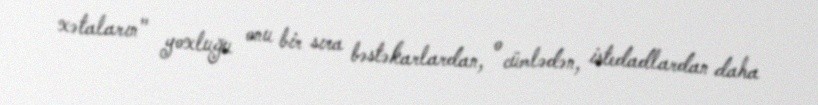
xətaların" yoxluğu onu bir sıra bəstəkarlardan, o cümlədən, istedadlardan daha